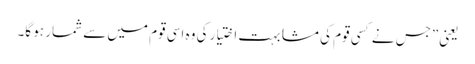
یعنی”جس نے کسی قوم کی مشابہت اختیار کی وہ اسی قوم میں سے شمار ہو گا۔